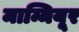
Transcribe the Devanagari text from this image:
माम्मियूर